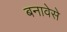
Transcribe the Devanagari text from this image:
बनावेसे